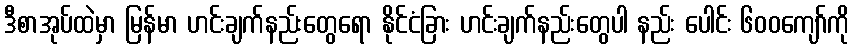
ဒီစာအုပ်ထဲမှာ မြန်မာ ဟင်းချက်နည်းတွေရော နိုင်ငံခြား ဟင်းချက်နည်းတွေပါ နည်း ပေါင်း ၆၀၀ကျော်ကို